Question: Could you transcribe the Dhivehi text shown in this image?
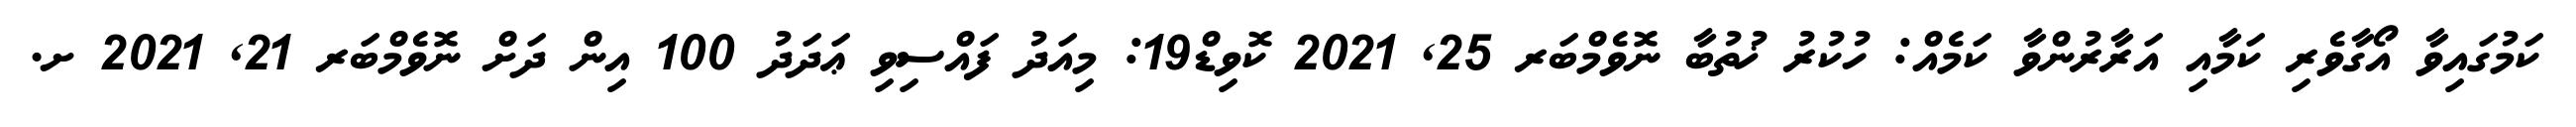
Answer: ކަމުގައިވާ އޯގާވެރި ކަމާއި އަރާރުންވާ ކަމެއް: ހުކުރު ޚުތުބާ ނޮވެމްބަރ 25, 2021 ކޮވިޑް19: މިއަދު ފައްސިވި ޢަދަދު 100 އިން ދަށް ނޮވެމްބަރ 21, 2021 ށ.